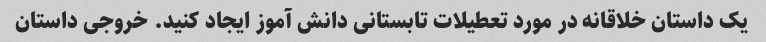
یک داستان خلاقانه در مورد تعطیلات تابستانی دانش آموز ایجاد کنید. خروجی داستان